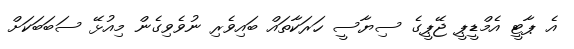
އެ ޕާޓީ އެމްޑީޕީ ޖޭޕީގެ ސިޔާސީ ހަރަކާތައް ބައިވެރި ނުވެވިގެން މިއުޅޭ ސަބަބަކަށް